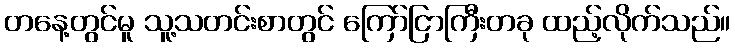
တနေ့တွင်မူ သူ့သတင်းစာတွင် ကြော်ငြာကြီးတခု ထည့်လိုက်သည်။